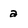
Character: a